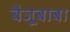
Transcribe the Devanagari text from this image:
बैजूबाबा